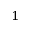
^ 1